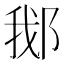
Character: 𬪂